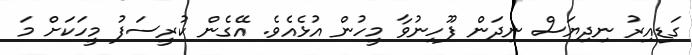
ގަޑިއިރު ނިދިޔަސް ނިދަން ފޫހިނުވާ މީހުން އުޅެއެވެ. އޭގެން ކުރީސަފު މީހަކަށް މަ